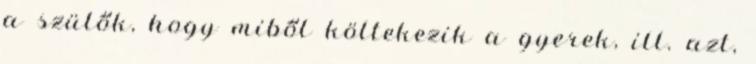
a szülők, hogy miből költekezik a gyerek, ill. azt,